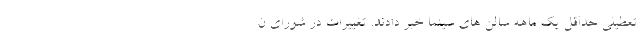
تعطیلی حداقل یک ماهه سالن های سینما خبر دادند. تغییرات در شورای ن